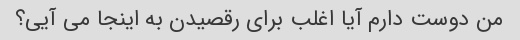
من دوست دارم آیا اغلب برای رقصیدن به اینجا می آیی؟